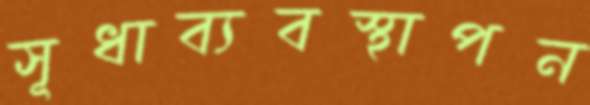
সূধাব্যবস্থাপন